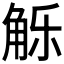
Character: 𰴢